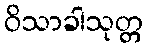
ဝိသာခါသုတ္တ